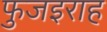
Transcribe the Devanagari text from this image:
फुजइराह